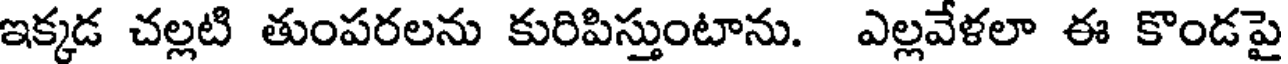
ఇక్కడ చల్లటి తుంపరలను కురిపిస్తుంటాను. ఎల్లవేళలా ఈ కొండపై